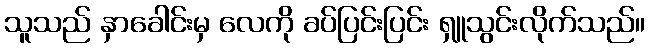
သူသည် နှာခေါင်းမှ လေကို ခပ်ပြင်းပြင်း ရှူသွင်းလိုက်သည်။